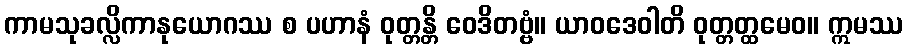
ကာမသုခလ္လိကာနုယောဂဿ စ ပဟာနံ ဝုတ္တန္တိ ဝေဒိတဗ္ဗံ။ ယာဝဒေဝါတိ ဝုတ္တတ္ထမေဝ။ ဣမဿ